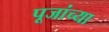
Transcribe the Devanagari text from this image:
पूजांच्या